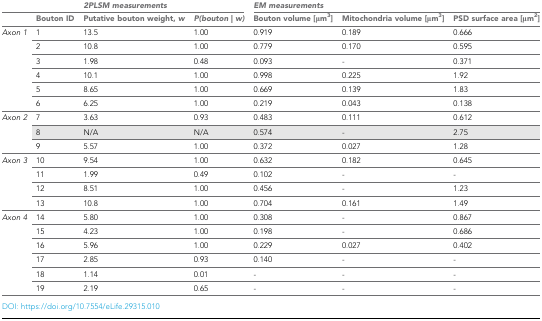
|  |  | <COLSPAN=2> 2PLSM measurements | <COLSPAN=3> EM measurements |
 |  | Bouton ID | Putative bouton weight, w | P(bouton | w) | Bouton volume [μm3] | Mitochondria volume [μm3] | PSD surface area [μm2] |
 | --- | --- | --- | --- | --- | --- | --- |
 | <ROWSPAN=6> Axon 1 | 1 | 13.5 | 1.00 | 0.919 | 0.189 | 0.666 |
 | 2 | 10.8 | 1.00 | 0.779 | 0.170 | 0.595 |
 | 3 | 1.98 | 0.48 | 0.093 | - | 0.371 |
 | 4 | 10.1 | 1.00 | 0.998 | 0.225 | 1.92 |
 | 5 | 8.65 | 1.00 | 0.669 | 0.139 | 1.83 |
 | 6 | 6.25 | 1.00 | 0.219 | 0.043 | 0.138 |
 | <ROWSPAN=3> Axon 2 | 7 | 3.63 | 0.93 | 0.483 | 0.111 | 0.612 |
 | 8 | N/A | N/A | 0.574 | - | 2.75 |
 | 9 | 5.57 | 1.00 | 0.372 | 0.027 | 1.28 |
 | <ROWSPAN=4> Axon 3 | 10 | 9.54 | 1.00 | 0.632 | 0.182 | 0.645 |
 | 11 | 1.99 | 0.49 | 0.102 | - | - |
 | 12 | 8.51 | 1.00 | 0.456 | - | 1.23 |
 | 13 | 10.8 | 1.00 | 0.704 | 0.161 | 1.49 |
 | <ROWSPAN=6> Axon 4 | 14 | 5.80 | 1.00 | 0.308 | - | 0.867 |
 | 15 | 4.23 | 1.00 | 0.198 | - | 0.686 |
 | 16 | 5.96 | 1.00 | 0.229 | 0.027 | 0.402 |
 | 17 | 2.85 | 0.93 | 0.140 | - | - |
 | 18 | 1.14 | 0.01 | - | - | - |
 | 19 | 2.19 | 0.65 | - | - | - |